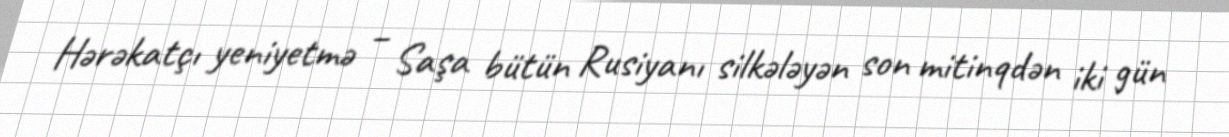
Hərəkatçı yeniyetmə – Saşa bütün Rusiyanı silkələyən son mitinqdən iki gün